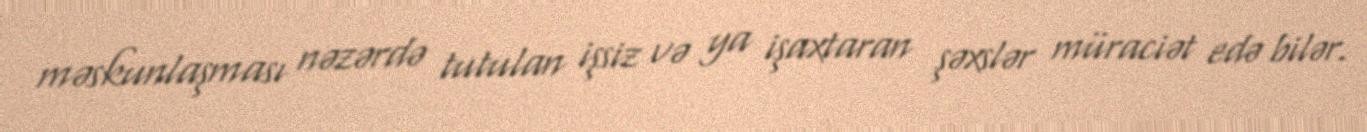
məskunlaşması nəzərdə tutulan işsiz və ya işaxtaran şəxslər müraciət edə bilər.